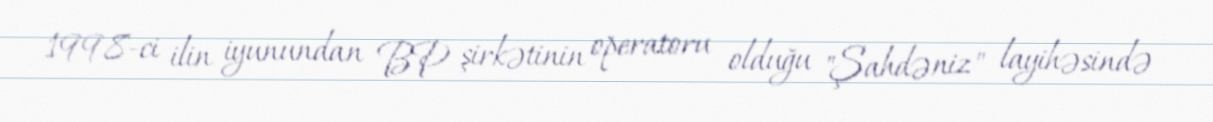
1998-ci ilin iyunundan BP şirkətinin operatoru olduğu "Şahdəniz" layihəsində